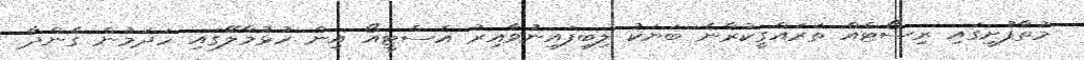
މުތާފުށީގައި ރިސޯޓެއް ތަރައްގީކުރާނެ ބަޔަކު ލިބިފައިނުވާއިރު އެސްޓީއޯ އިން ހުޅުމާލޭގައި ހަދަމުން ގެންދާ